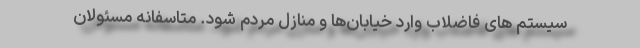
سیستم های فاضلاب وارد خیابان‌ها و منازل مردم شود. متاسفانه مسئولان